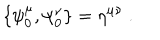
\{ \psi _ { 0 } ^ { \mu } , \psi _ { 0 } ^ { \nu } \} = \eta ^ { \mu \nu } \ .